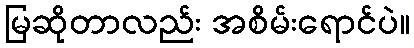
မြဆိုတာလည်း အစိမ်းရောင်ပဲ။